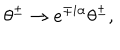
LaTeX: \theta ^ { \pm } \rightarrow e ^ { \mp i \alpha } \theta ^ { \pm } , \quad